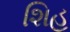
શિહ